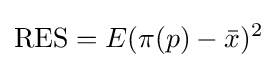
\mathrm {RES} =E(\pi (p)-{\bar {x}})^{2}